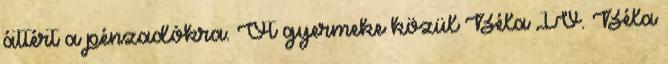
áttért a pénzadókra. Öt gyermeke közül Béla IV. Béla